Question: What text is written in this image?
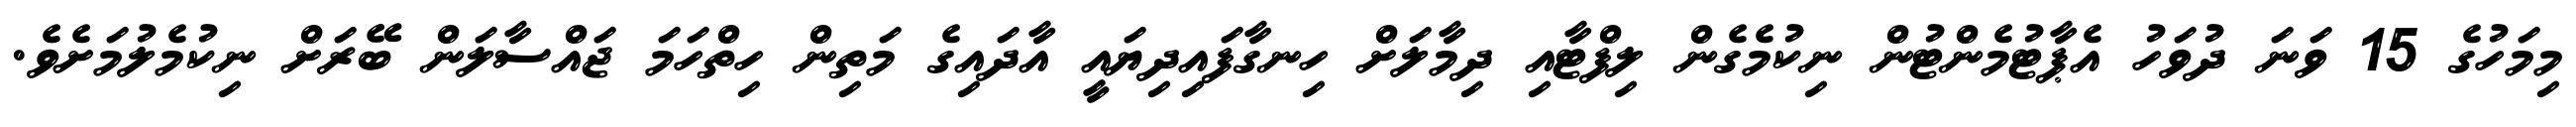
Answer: މިމަހުގެ 15 ވަނަ ދުވަހު އެޕާޓުމެންޓުން ނިކުމެގެން ލިފްޓާއި ދިމާލަށް ހިނގާފައިދިޔައީ އާދައިގެ މަތިން ހިތްހަމަ ޖައްސާލަން ބޭރަށް ނިކުމެލުމަށެވެ.